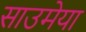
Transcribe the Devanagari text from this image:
साउमेया